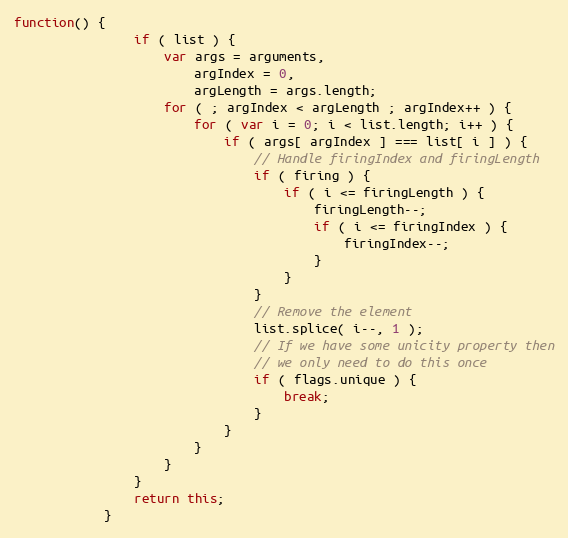
Language: JavaScript
function() {
				if ( list ) {
					var args = arguments,
						argIndex = 0,
						argLength = args.length;
					for ( ; argIndex < argLength ; argIndex++ ) {
						for ( var i = 0; i < list.length; i++ ) {
							if ( args[ argIndex ] === list[ i ] ) {
								// Handle firingIndex and firingLength
								if ( firing ) {
									if ( i <= firingLength ) {
										firingLength--;
										if ( i <= firingIndex ) {
											firingIndex--;
										}
									}
								}
								// Remove the element
								list.splice( i--, 1 );
								// If we have some unicity property then
								// we only need to do this once
								if ( flags.unique ) {
									break;
								}
							}
						}
					}
				}
				return this;
			}